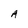
Character: A